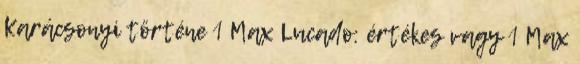
Karácsonyi történe 1 Max Lucado: értékes vagy 1 Max